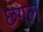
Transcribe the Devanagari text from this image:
छगल